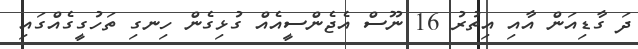
ދަ ގާޑިއަން އާއި އިތުރު 16 ނޫސް އެޖެންސީއެއް ގުޅިގެން ހިނގި ތަހުގީގެއްގައި